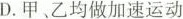
D.甲、乙均做加速运动